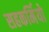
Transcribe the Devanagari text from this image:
सहकर्मियो